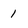
Character: 1